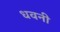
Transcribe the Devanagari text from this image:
धवनी